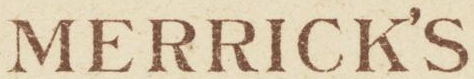
MERRICK'S